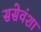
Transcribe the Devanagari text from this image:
ससेवंशा